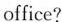
office?